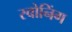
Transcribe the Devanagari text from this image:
स्वोनिंग